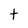
Character: t